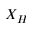
X _ { H }